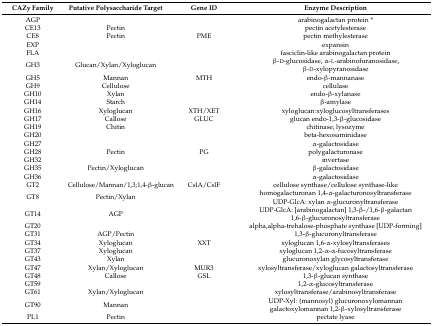
<table><thead><tr><td><b>CAZy Family</b></td><td><b>Putative Polysaccharide Target</b></td><td><b>Gene ID</b></td><td><b>Enzyme Description</b></td></tr></thead><tbody><tr><td>AGP</td><td></td><td></td><td>arabinogalactan protein *</td></tr><tr><td>CE13</td><td>Pectin</td><td></td><td>pectin acetylesterase</td></tr><tr><td>CE8</td><td>Pectin</td><td>PME</td><td>pectin methylesterase</td></tr><tr><td>EXP</td><td></td><td></td><td>expansin</td></tr><tr><td>FLA</td><td></td><td></td><td>fasciclin-like arabinogalactan protein</td></tr><tr><td>GH3</td><td>Glucan/Xylan/Xyloglucan</td><td></td><td>β-d-glucosidase, α-l-arabinofuranosidase, β-d-xylopyranosidase</td></tr><tr><td>GH5</td><td>Mannan</td><td>MTH</td><td>endo-β-mannanase</td></tr><tr><td>GH9</td><td>Cellulose</td><td></td><td>cellulase</td></tr><tr><td>GH10</td><td>Xylan</td><td></td><td>endo-β-xylanase</td></tr><tr><td>GH14</td><td>Starch</td><td></td><td>β-amylase</td></tr><tr><td>GH16</td><td>Xyloglucan</td><td>XTH/XET</td><td>xyloglucan:xyloglucosyltransferases</td></tr><tr><td>GH17</td><td>Callose</td><td>GLUC</td><td>glucan endo-1,3-β-glucosidase</td></tr><tr><td>GH19</td><td>Chitin</td><td></td><td>chitinase; lysozyme</td></tr><tr><td>GH20</td><td></td><td></td><td>beta-hexosaminidase</td></tr><tr><td>GH27</td><td></td><td></td><td>α-galactosidase</td></tr><tr><td>GH28</td><td>Pectin</td><td>PG</td><td>polygalacturonase</td></tr><tr><td>GH32</td><td></td><td></td><td>invertase</td></tr><tr><td>GH35</td><td>Pectin/Xyloglucan</td><td></td><td>β-galactosidase</td></tr><tr><td>GH36</td><td></td><td></td><td>α-galactosidase</td></tr><tr><td>GT2</td><td>Cellulose/Mannan/1,3;1,4-β-glucan</td><td>CslA/CslF</td><td>cellulose synthase/cellulose synthase-like</td></tr><tr><td>GT8</td><td>Pectin/Xylan</td><td></td><td>homogalacturonan 1,4-α-galacturonosyltransferase UDP-GlcA: xylan α-glucuronyltransferase</td></tr><tr><td>GT14</td><td>AGP</td><td></td><td>UDP-GlcA: [arabinogalactan] 1,3-β-/1,6-β-galactan 1,6-β-glucuronosyltransferase</td></tr><tr><td>GT20</td><td></td><td></td><td>alpha,alpha-trehalose-phosphate synthase [UDP-forming]</td></tr><tr><td>GT31</td><td>AGP/Pectin</td><td></td><td>1,3-β-glucuronyltransferase</td></tr><tr><td>GT34</td><td>Xyloglucan</td><td>XXT</td><td>xyloglucan 1,6-α-xylosyltransferases</td></tr><tr><td>GT37</td><td>Xyloglucan</td><td></td><td>xyloglucan 1,2-α-α-fucosyltransferase</td></tr><tr><td>GT43</td><td>Xylan</td><td></td><td>glucuronoxylan glycosyltransferase</td></tr><tr><td>GT47</td><td>Xylan/Xyloglucan</td><td>MUR3</td><td>xylosyltransferase/xyloglucan galactosyltransferase</td></tr><tr><td>GT48</td><td>Callose</td><td>GSL</td><td>1,3-β-glucan synthase</td></tr><tr><td>GT59</td><td></td><td></td><td>1,2-α-glucosyltransferase</td></tr><tr><td>GT61</td><td>Xylan/Xyloglucan</td><td></td><td>xylosyltransferase/arabinosyltransferase</td></tr><tr><td>GT90</td><td>Mannan</td><td></td><td>UDP-Xyl: (mannosyl) glucuronoxylomannangalactoxylomannan 1,2-β-xylosyltransferase</td></tr><tr><td>PL1</td><td>Pectin</td><td></td><td>pectate lyase</td></tr></tbody></table>